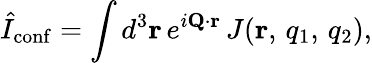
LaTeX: \hat{I}_{\mathrm{conf}}=\int d^{3}{\mathbf r}\, e^{i{\mathbf Q}\cdot{\mathbf r}}\, J({\mathbf r},\, q_{1},\, q_{2}),